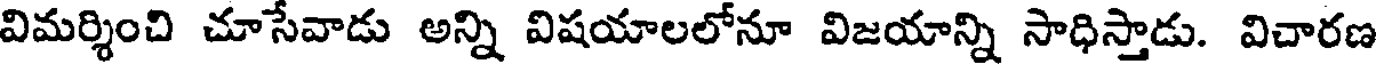
విమర్శించి చూసేవాడు అన్ని విషయాలలోనూ విజయాన్ని సాధిస్తాడు. విచారణ